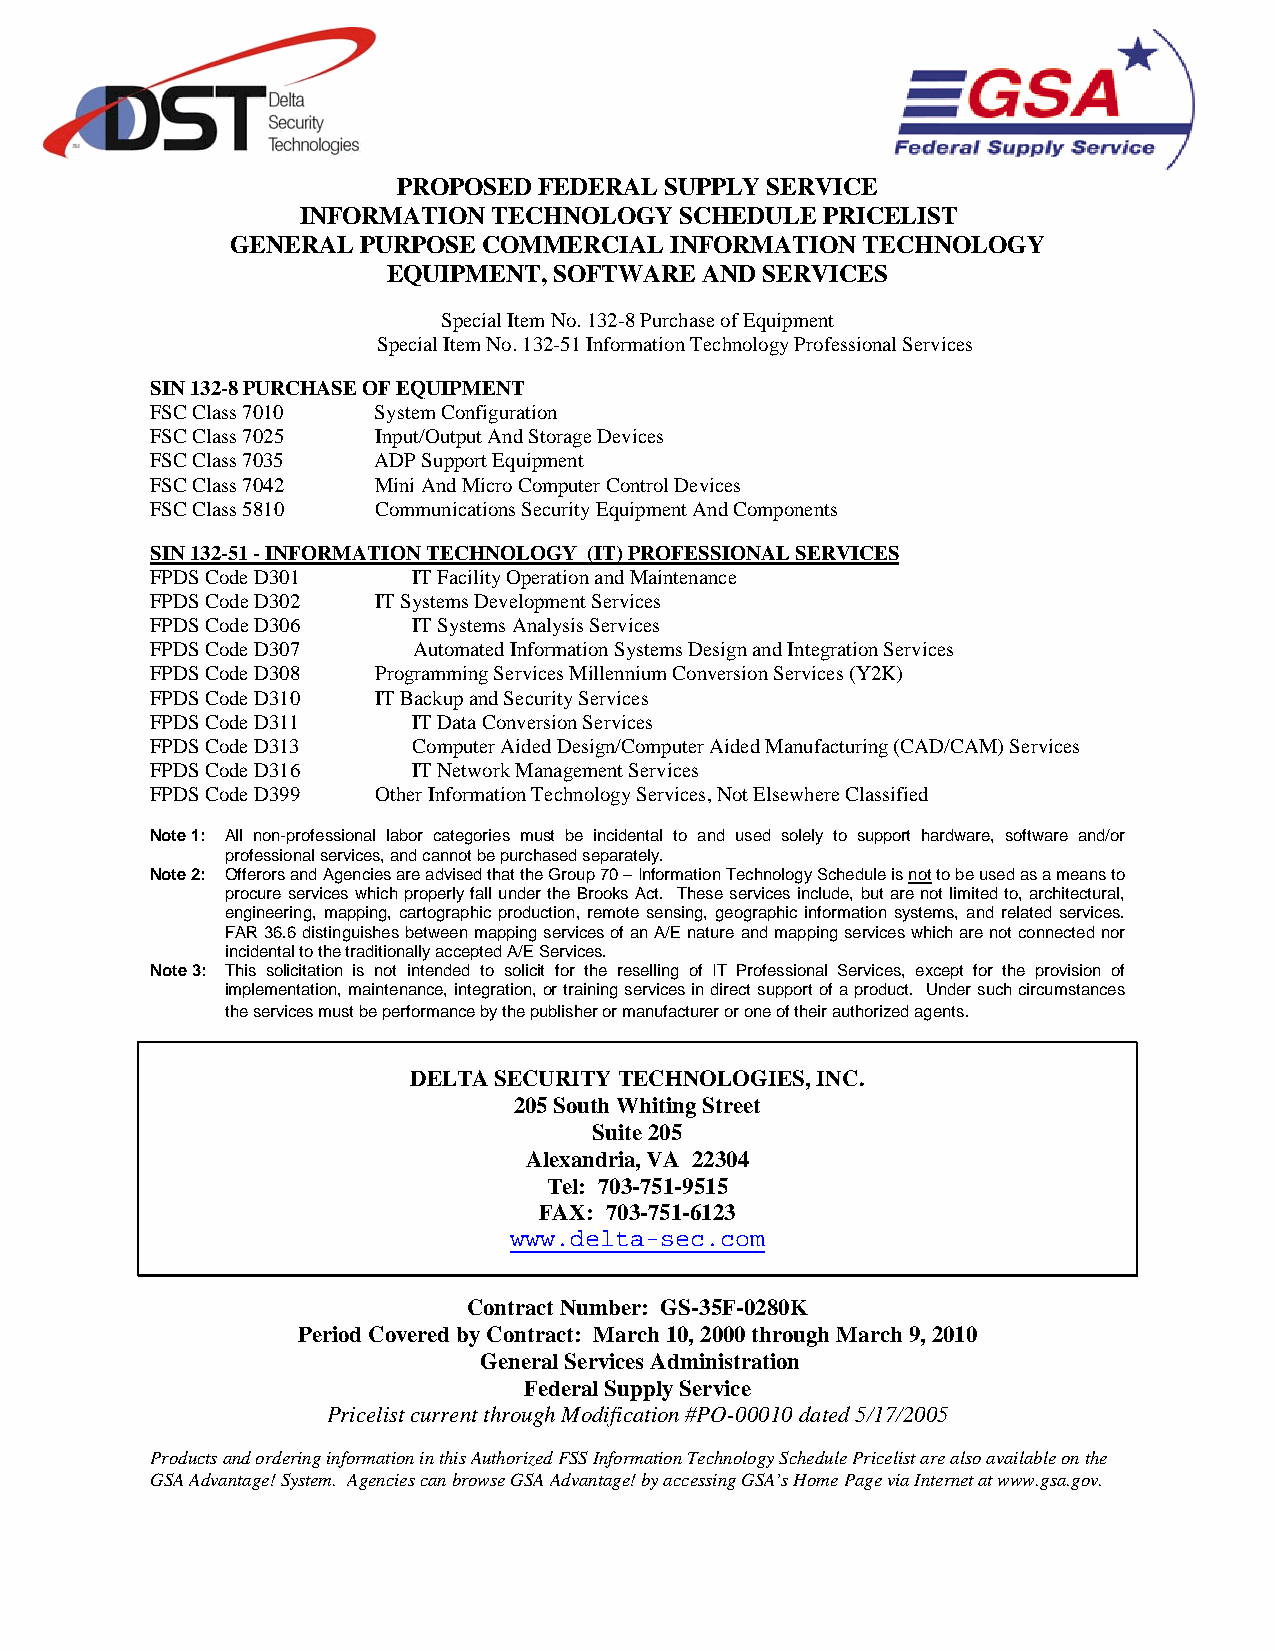
PROPOSED  FEDERAL SUPPLY SERVICE
 INFORMATION  TECHNOLOGY  SCHEDULE  PRICELIST
 GENERAL  PURPOSE COMMERCIAL  INFORMATION  TECHNOLOGY
 EQUIPMENT, SOFTWARE  AND SERVICES
 Special Item No. 132-8 Purchase of Equipment
 Special Item No. 132-51 Information Technology Professional Services
 SIN 132-8 PURCHASE OF EQUIPMENT
 FSC Class 7010 System Configuration
 FSC Class 7025 Input/Output And Storage Devices
 FSC Class 7035 ADP Support Equipment
 FSC Class 7042 Mini And Micro Computer Control Devices
 FSC Class 5810 Communications Security Equipment And Components
 SIN 132-51 - INFORMATION TECHNOLOGY (IT) PROFESSIONAL SERVICES
 FPDS Code D301   IT Facility Operation and Maintenance
 FPDS Code D302 IT Systems Development Services
 FPDS Code D306   IT Systems Analysis Services
 FPDS Code D307   Automated Information Systems Design and Integration Services
 FPDS Code D308 Programming Services Millennium Conversion Services (Y2K)
 FPDS Code D310 IT Backup and Security Services
 FPDS Code D311   IT Data Conversion Services
 FPDS Code D313   Computer Aided Design/Computer Aided Manufacturing (CAD/CAM) Services
 FPDS Code D316   IT Network Management Services
 FPDS Code D399 Other Information Technology Services, Not Elsewhere Classified
 Note 1: All non-professional labor categories must be incidental to and used solely to support hardware, software and/or
 professional services, and cannot be purchased separately.
 Note 2: Offerors and Agencies are advised that the Group 70 – Information Technology Schedule is not to be used as a means to
 procure services which properly fall under the Brooks Act. These services include, but are not limited to, architectural,
 engineering, mapping, cartographic production, remote sensing, geographic information systems, and related services.
 FAR 36.6 distinguishes between mapping services of an A/E nature and mapping services which are not connected nor
 incidental to the traditionally accepted A/E Services.
 Note 3: This solicitation is not intended to solicit for the reselling of IT Professional Services, except for the provision of
 implementation, maintenance, integration, or training services in direct support of a product. Under such circumstances
 the services must be performance by the publisher or manufacturer or one of their authorized agents.
 DELTA SECURITY TECHNOLOGIES, INC.
 205 South Whiting Street
 Suite 205
 Alexandria, VA 22304
 Tel: 703-751-9515
 FAX: 703-751-6123
 www.delta-sec.com
 Contract Number: GS-35F-0280K
 Period Covered by Contract: March 10, 2000 through March 9, 2010
 General Services Administration
 Federal Supply Service
 Pricelist current through Modification #PO-00010 dated 5/17/2005
 Products and ordering information in this Authorized FSS Information Technology Schedule Pricelist are also available on the
 GSA Advantage! System. Agencies can browse GSA Advantage! by accessing GSA’s Home Page via Internet at www.gsa.gov.